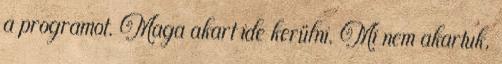
a programot. Maga akart ide kerülni. Mi nem akartuk,